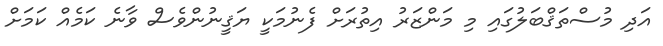
އަދި މުސްތަޤްބަލުގައި މި މަންޒަރު އިތުރަށް ފެނުމަކީ ޔަޤީނުންވެސް ވާނެ ކަމެއް ކަމަށް